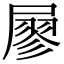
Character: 𡳇